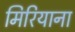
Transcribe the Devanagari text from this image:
मिरियाना